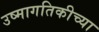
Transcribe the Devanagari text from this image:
उष्मागतिकीच्या